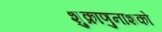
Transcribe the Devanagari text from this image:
शुक्राणुनाशको